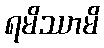
ရမိဿာမိ